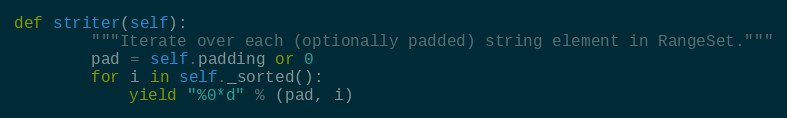
Language: Python
def striter(self):
        """Iterate over each (optionally padded) string element in RangeSet."""
        pad = self.padding or 0
        for i in self._sorted():
            yield "%0*d" % (pad, i)